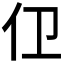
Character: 𱎞